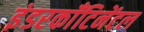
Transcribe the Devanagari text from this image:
इंडरकाँटिनेंटल